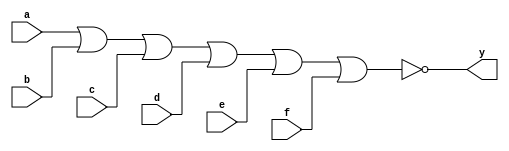
module xup_nor6 #(parameter DELAY = 3)(
    input a,
    input b,
    input c,
    input d,
    input e,
    input f,
    output y
    );
    
    nor #DELAY (y,a,b,c,d,e,f);
    
endmodule